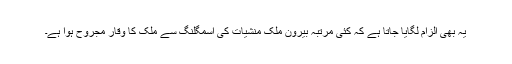
یہ بھی الزام لگایا جاتا ہے کہ کئی مرتبہ بیرونِ ملک منشیات کی اسمگلنگ سے ملک کا وقار مجروح ہوا ہے۔